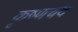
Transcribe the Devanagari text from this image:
कृष्णचंद